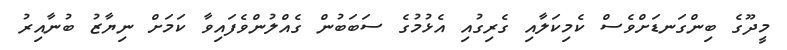
މީދޫގެ ބިންގަނޑަށްވެސް ކެމިކަލާއި ގެރިގުއި އެޅުމުގެ ސަބަބުން ގެއްލުންވެފައިވާ ކަމަށް ނިޔާޒު ބުނާއިރު